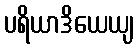
ပရိယာဒိယေယျ